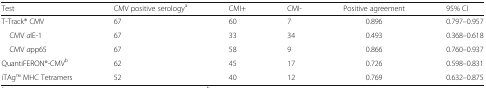
| Test | CMV positive serologya | CMI+ | CMI- | Positive agreement | 95% CI |
 | --- | --- | --- | --- | --- | --- |
 | T-Track® CMV | 67 | 60 | 7 | 0.896 | 0.797–0.957 |
 | CMV aIE-1 | 67 | 33 | 34 | 0.493 | 0.368–0.618 |
 | CMV app65 | 67 | 58 | 9 | 0.866 | 0.760–0.937 |
 | QuantiFERON®-CMVb | 62 | 45 | 17 | 0.726 | 0.598–0.831 |
 | iTAgTM MHC Tetramers | 52 | 40 | 12 | 0.769 | 0.632–0.875 |